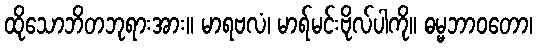
ထိုသောဘိတဘုရားအား။ မာရဗလံ၊ မာရ်မင်းဗိုလ်ပါကို။ ဓမ္မဘာဝတော၊